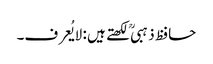
حافظ ذہبی ؒ لکھتے ہیں : لایُعرف۔